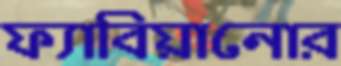
ফ্যাবিয়ানোর